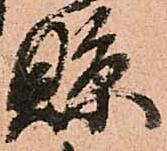
縣